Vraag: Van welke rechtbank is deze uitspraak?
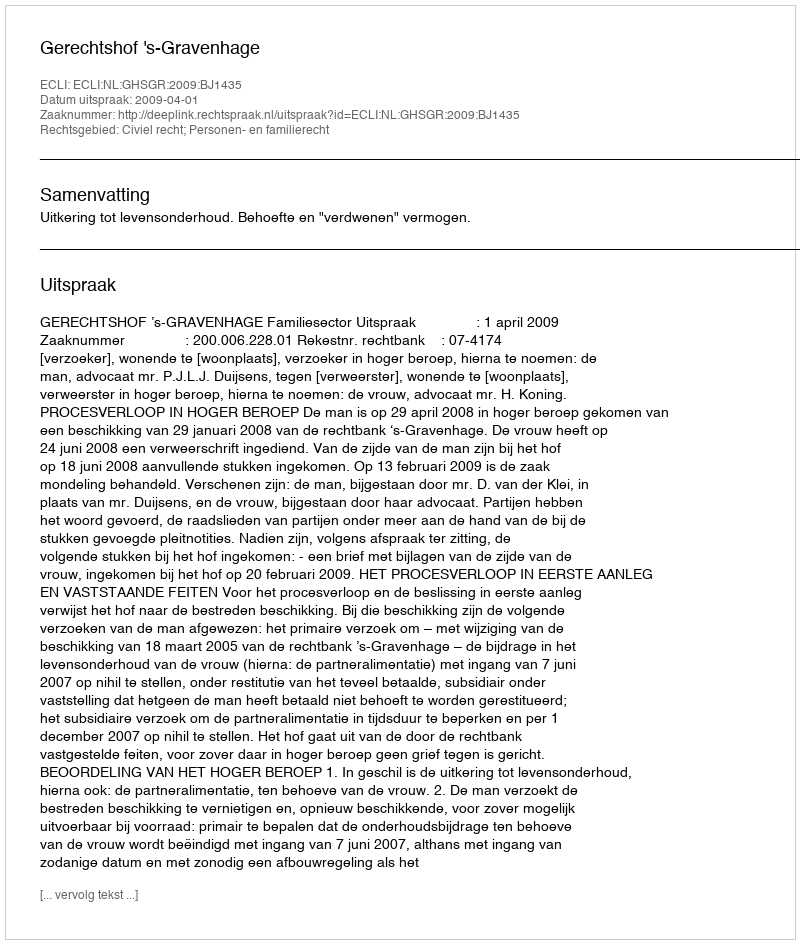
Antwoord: Gerechtshof 's-Gravenhage